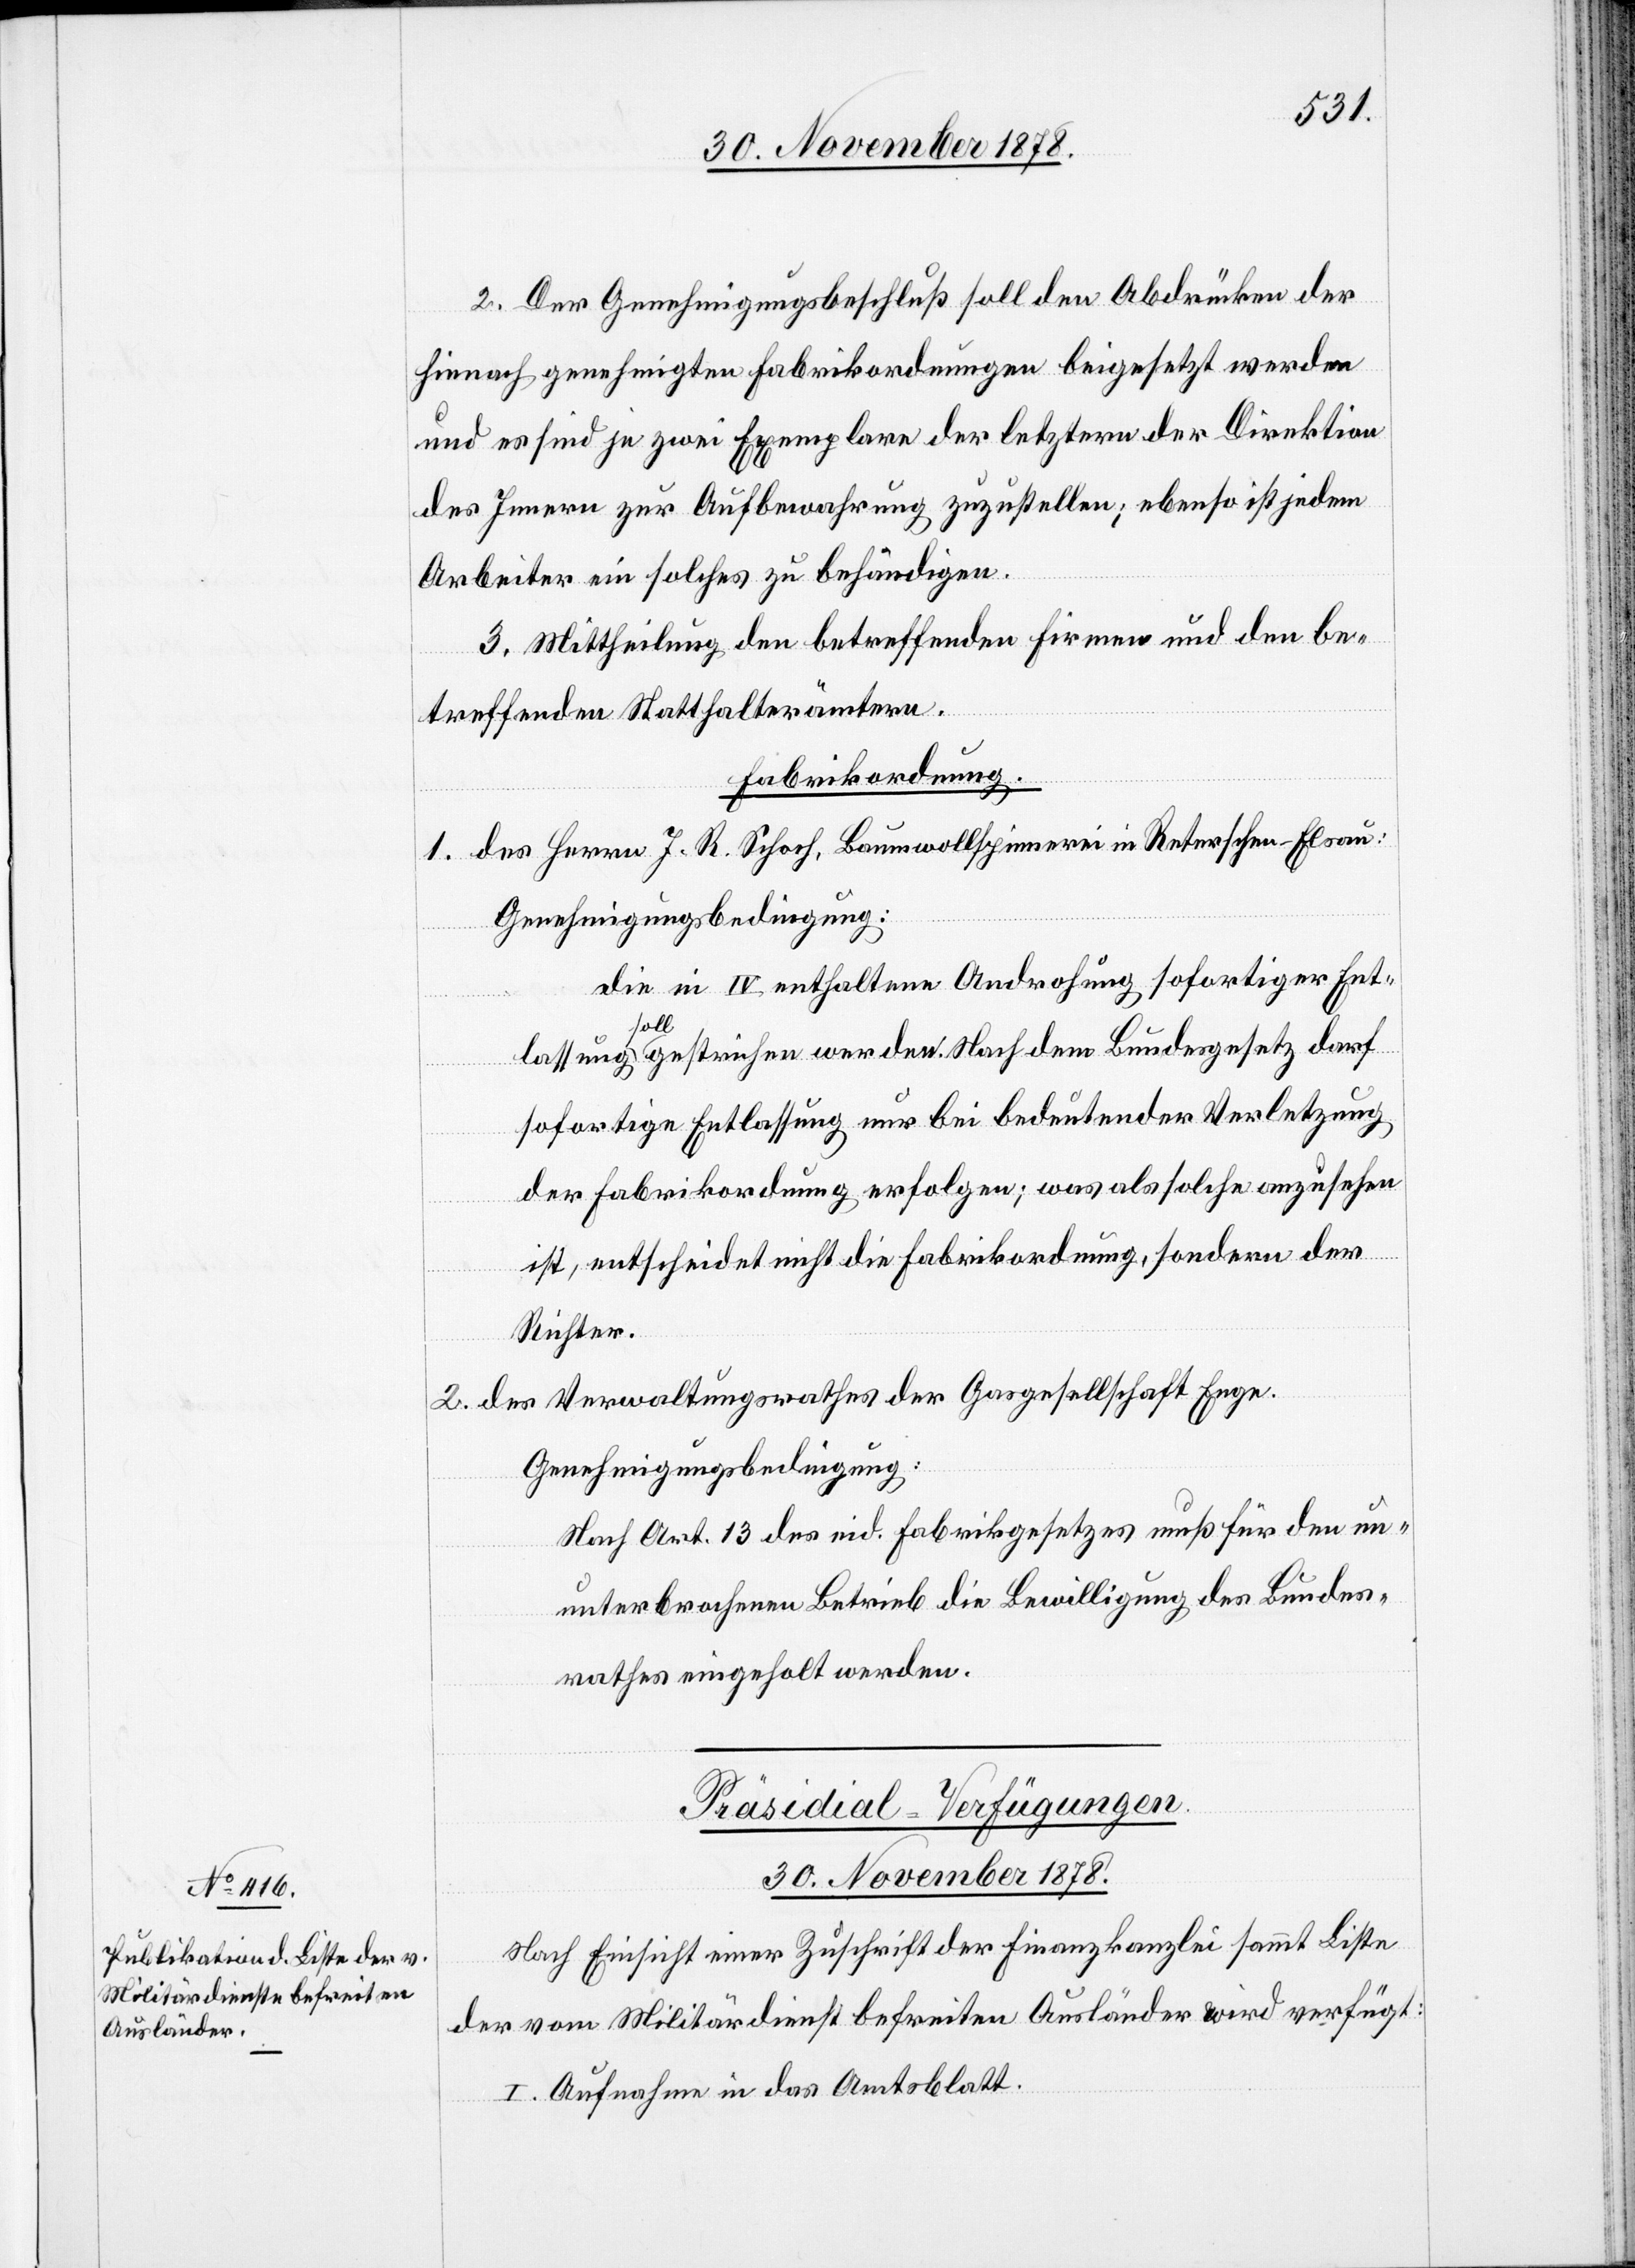
Präsidial-Verfügungen.
30. November 1878.
Nach Einsicht einer Zuschrift der Finanzkanzlei sammt Liste
der vom Militärdienst befreiten Ausländer wird verfügt:
I. Aufnahme in das Amtsblatt.